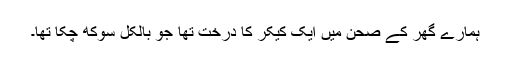
ہمارے گھر کے صحن میں ایک کیکر کا درخت تھا جو بالکل سُوکھ چکا تھا۔